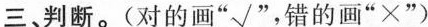
三、判断。(对的画”√”，错的画”×”)